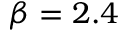
\beta = 2 . 4